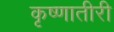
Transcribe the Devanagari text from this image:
कृष्णातीरी